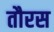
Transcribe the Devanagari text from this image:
तौरस